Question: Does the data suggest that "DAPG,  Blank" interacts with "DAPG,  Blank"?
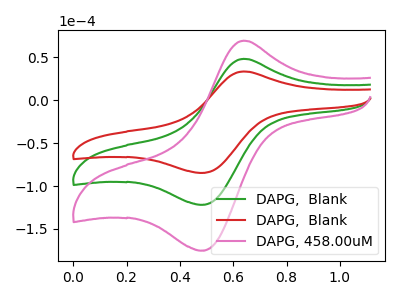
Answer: <think>The green curve "DAPG,  Blank" has an anodic peak at (0.65V, 48.30uA) and a cathodic peak at (0.45V, -121.70uA). The red curve "DAPG,  Blank" has an anodic peak at (0.65V, 33.55uA) and a cathodic peak at (0.45V, -84.60uA). The pink curve "DAPG, 458.00uM" has an anodic peak at (0.65V, 96.55uA) and a cathodic peak at (0.45V, -243.40uA).
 All the peaks in "DAPG,  Blank" have a peak in "DAPG,  Blank" at the same potential. Every peak in "DAPG,  Blank" is lower than every peak in "DAPG,  Blank".</think>
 <answer>No, "DAPG,  Blank" and "DAPG,  Blank" don't appear to be significantly different in shape</answer>
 <eval>no_change</eval>